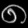
Digit: ၈